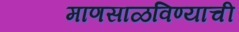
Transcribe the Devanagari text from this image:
माणसाळविण्याची